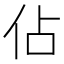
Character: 佔